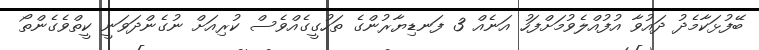
ބޭފުޅަކާމެދު ދައުވާ އުފުއްލެވުމަށްފަހު އަނެއް 3 ފަނޑިޔާރުންގެ ތަހުގީގެއްވެސް ކުރިއަށް ނުގެންދަވަނީ ކީތްވެގެންތޯ